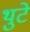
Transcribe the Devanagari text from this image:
थुटे